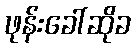
ဖုန်းခေါ်ဆိုခ